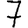
Digit: 7